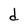
Character: d